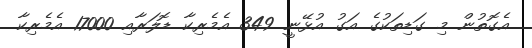
އެގޮތުން މި ގަޑިތަކުގެ އަގު އުޅޭނީ 349 އެމެރިކާ ޑޮލަރާއި 17000 އެމެރިކާ